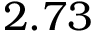
2 . 7 3